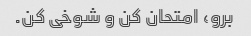
برو، امتحان کن و شوخی کن.